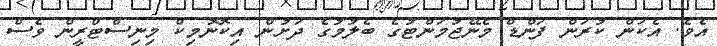
އެވެ. އެކަން ކުރަން ފަންޑް މެނޭޖުމަންޓުގެ ބެލުމުގެ ދަށުން އިކޮނޮމިކް މިނިސްޓްރީން ވެސް